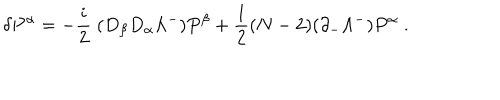
\delta P ^ { \alpha } = - { \frac { i } { 2 } } \; ( D _ { \beta } D _ { \alpha } \Lambda ^ { - } ) P ^ { \beta } + { \frac { 1 } { 2 } } ( N - 2 ) ( \partial _ { - } \Lambda ^ { - } ) P ^ { \alpha } \; .